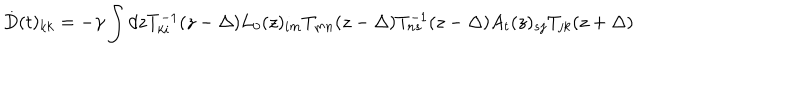
\dot { D } ( t ) _ { k k } = - \gamma \int d z T _ { k i } ^ { - 1 } ( z - \Delta ) L _ { 0 } ( z ) _ { i m } T _ { m n } ( z - \Delta ) T _ { n s } ^ { - 1 } ( z - \Delta ) A _ { t } ( z ) _ { s j } T _ { j k } ( z + \Delta )